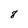
Character: 8